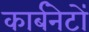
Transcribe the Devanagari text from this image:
कार्बनेटों